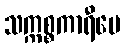
သက္ကစ္စကာရီပေ